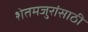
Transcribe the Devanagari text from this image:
शेतमजुरांसाठी